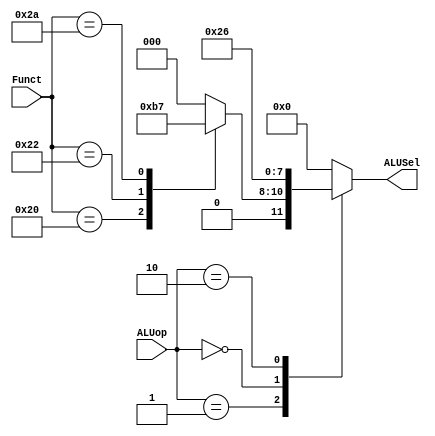
`timescale 1ns/1ns

//1 inicializacion
module ALUControl (
    input [5:0]Funct,
    input [2:0]ALUop,
    output reg [3:0]ALUSel
);

//2 bloque always
always @(*)
begin
    case (ALUop)//Lo envia la Unidad de Control
        3'b001: begin //Cuando son instrucciones tipo R
            case (Funct)
                6'b100000: ALUSel <= 4'b0010; //Add
                6'b100010: ALUSel <= 4'b0110; //Substract
                6'b101010: ALUSel <= 4'b0111; //SLT
                default: ALUSel <= 0;
            endcase
        end
	3'b000: begin //ADD
            ALUSel <= 4'b0010; //Add
        end
	3'b010: begin //SUB
            ALUSel <= 4'b0110; //Substract
        end
        default: ALUSel <= 0;
    endcase
end

    
endmodule